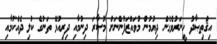
އިޤްތިޞާދު ހީނަރުވެގެން ދިޔުމުން މުވައްޒަފުންނަށް މުސާރަ ދިނުމާއި ދިރިއުޅޭ ތަނުގެ ކުލި ދެއްކުމާއި